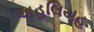
અહલિયહ